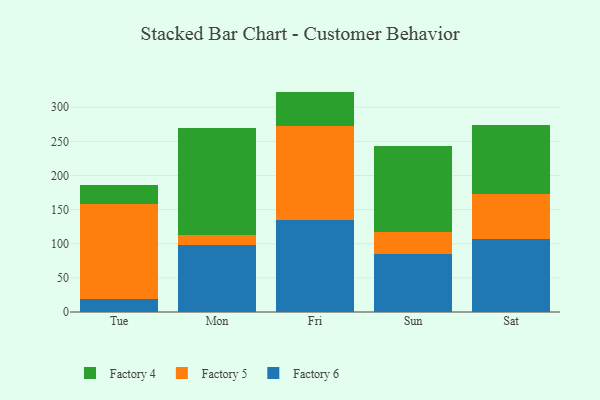
{"axis": {"x": "Day", "y": "Budget (USD K)"}, "legend": ["Factory 4", "Factory 5", "Factory 6"], "data": [{"x": "Tue", "y": 18.5, "type": "Factory 6"}, {"x": "Tue", "y": 139.9, "type": "Factory 5"}, {"x": "Tue", "y": 27.6, "type": "Factory 4"}, {"x": "Mon", "y": 98.2, "type": "Factory 6"}, {"x": "Mon", "y": 14.4, "type": "Factory 5"}, {"x": "Mon", "y": 156.4, "type": "Factory 4"}, {"x": "Fri", "y": 135.3, "type": "Factory 6"}, {"x": "Fri", "y": 137.7, "type": "Factory 5"}, {"x": "Fri", "y": 49.9, "type": "Factory 4"}, {"x": "Sun", "y": 85.2, "type": "Factory 6"}, {"x": "Sun", "y": 32.2, "type": "Factory 5"}, {"x": "Sun", "y": 126.0, "type": "Factory 4"}, {"x": "Sat", "y": 106.9, "type": "Factory 6"}, {"x": "Sat", "y": 66.0, "type": "Factory 5"}, {"x": "Sat", "y": 101.3, "type": "Factory 4"}]}